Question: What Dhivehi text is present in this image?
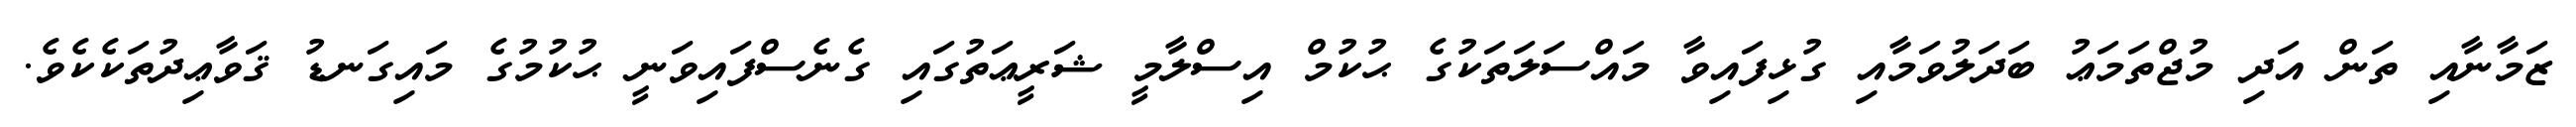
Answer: ޒަމާނާއި ތަން އަދި މުޖްތަމަޢު ބަދަލުވަމާއި ގުޅިފައިވާ މައްސަލަތަކުގެ ޙުކުމް އިސްލާމީ ޝަރީޢަތުގައި ގެނެސްފައިވަނީ ޙުކުމުގެ މައިގަނޑު ޤަވާޢިދުތަކެކެވެ.